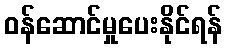
ဝန်ဆောင်မှုပေးနိုင်ရန်